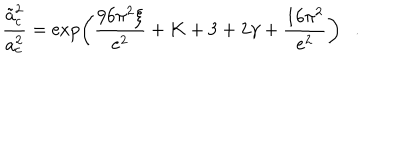
LaTeX: { \frac { \tilde { a } _ { c } ^ { 2 } } { a _ { c } ^ { 2 } } } = \exp \left( { \frac { 9 6 \pi ^ { 2 } \xi } { e ^ { 2 } } } + K + 3 + 2 \gamma + { \frac { 1 6 \pi ^ { 2 } } { e ^ { 2 } } } \right) .